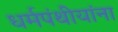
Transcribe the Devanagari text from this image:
धर्मपंथीयांना